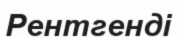
Рентгенді